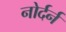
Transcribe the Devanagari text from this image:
नोर्दर्न